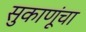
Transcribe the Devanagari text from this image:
सुकाणूंचा